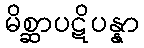
မိစ္ဆာပဋိပန္နာ